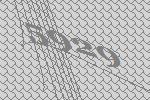
5929